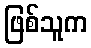
ဖြစ်သူက